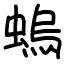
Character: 螐